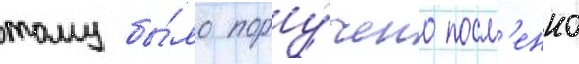
тому бы́ло пору́чено посм'енно